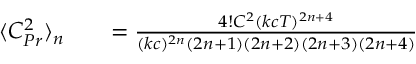
\begin{array} { r l r } { \langle C _ { P r } ^ { 2 } \rangle _ { n } } & { { } } & { = \frac { 4 ! C ^ { 2 } ( k c T ) ^ { 2 n + 4 } } { ( k c ) ^ { 2 n } ( 2 n + 1 ) ( 2 n + 2 ) ( 2 n + 3 ) ( 2 n + 4 ) } } \end{array}